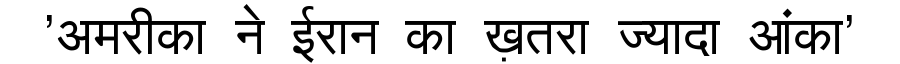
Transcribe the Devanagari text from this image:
'अमरीका ने ईरान का ख़तरा ज्यादा आंका'